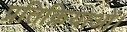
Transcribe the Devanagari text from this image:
प्रतिक्रियाओं।